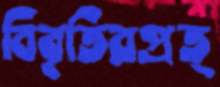
বিবৃতিরপ্রত্